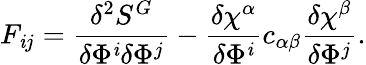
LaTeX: F_{\mathit{i}j}=\frac{{\delta^{2}S^{G}}}{{\delta\Phi^{\mathit{i}}\delta\Phi^{j}}}-\frac{{\delta\chi^{\alpha}}}{{\delta\Phi^{\mathit{i}}}}c_{\alpha\beta}\frac{{\delta\chi^{\beta}}}{{\delta\Phi^{j}}}.